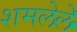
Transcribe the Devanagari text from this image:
शमलेले